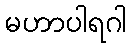
မဟာပါရဂါ